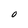
Character: O